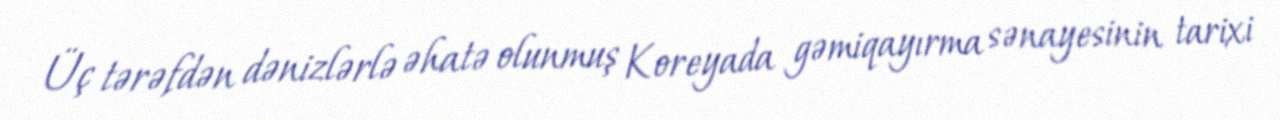
Üç tərəfdən dənizlərlə əhatə olunmuş Koreyada gəmiqayırma sənayesinin tarixi